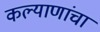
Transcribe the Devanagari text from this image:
कल्याणांचा